Mental hospitals Bombay report 1921-28 - 1921-1928
Year: 1921
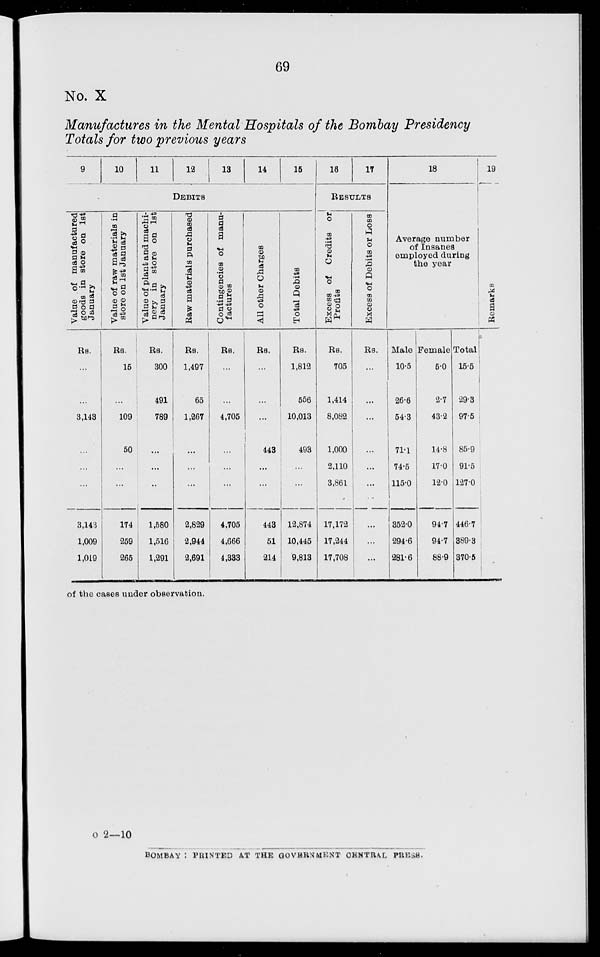
69
No. X
Manufactures in the Mental Hospitals of the Bombay Presidency
Totals for two previous years
9
10
11
12
13
14
15
DEBITS
Value
of manufactured
goods in store on 1st
January
Rs.
...
...
3,143
...
...
...
3,143
1,009
1,019
Value of raw materials in
store on 1st January
Rs.
15
...
109
50
...
...
174
259
265
Value of plant and machi-
nery in store on 1st
January
Rs.
300
491
789
...
...
...
1,580
1,516
1,291
Raw materials purchased
Rs.
1,497
65
1,267
...
...
...
2,829
2,944
2,691
Contingencies of manu-
factures
Rs.
...
...
4,705
...
...
...
4,705
4,666
4,333
All other Charges
Rs.
...
...
...
443
...
...
443
51
214
Total Debits
Rs.
1,812
556
10,013
493
...
...
12,874
10,445
9,813
16
17
RESULTS
Excess of Credits or
Profits
Rs.
705
1,414
8,082
1,000
2,110
3,861
17,172
17,244
17,708
Excess of Debits or Loss
Rs.
...
...
...
...
...
...
...
...
...
18
Average number
of Insanes
employed during
the year
Male
10.5
26.6
54.3
71.1
74.5
115.0
352.0
294.6
281.6
Female
5.0
2.7
43.2
14.8
170
12.0
94.7
94.7
88.9
Total
15.5
29.3
97.5
85.9
91.5
127.0
446.7
389.3
370.5
19
Remarks
of the cases under observation.
o 2—10
BOMBAY : PRINTED AT THE GOVERNMENT CENTRAL PRESS.